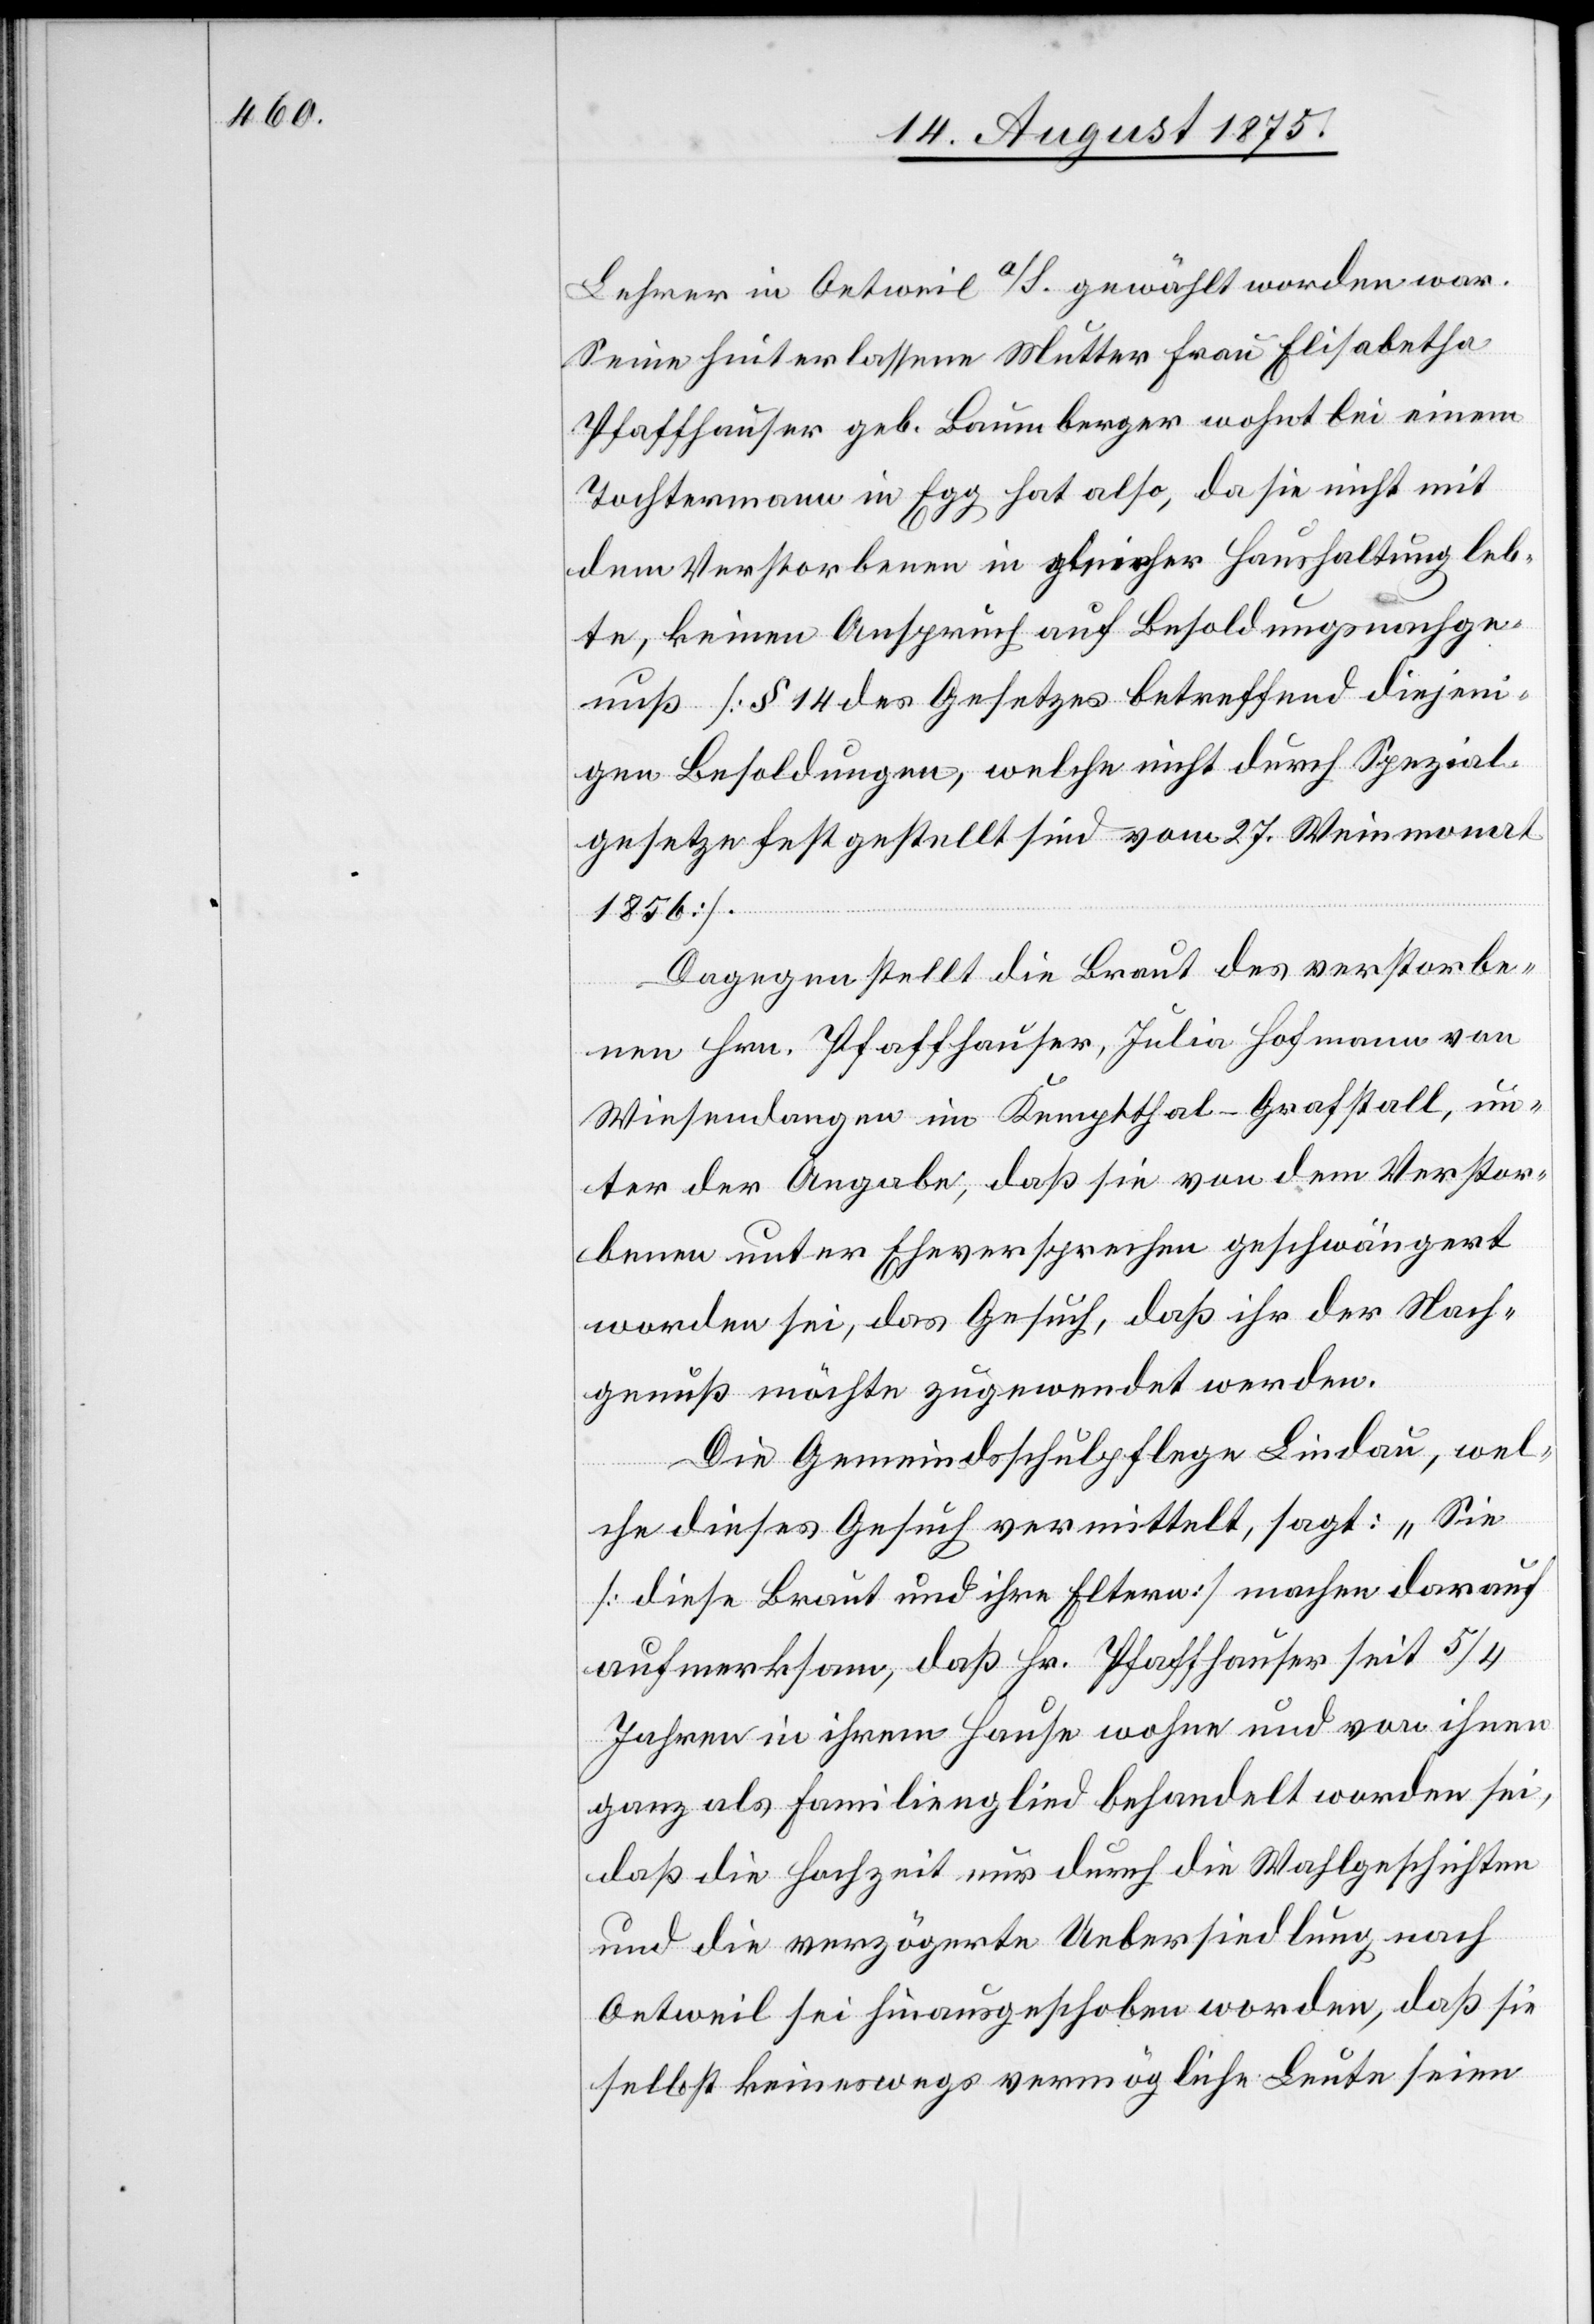
Lehrer in Oetweil a/S. gewählt worden war.
Seine hinterlassene Mutter Frau Elisabetha
Pfaffhauser geb. Baumberger wohnt bei einem
Tochtermann in Egg[,] hat also, da sie nicht mit
dem Verstorbenen in gleicher Haushaltung leb¬
te, keinen Anspruch auf Besoldungsnachge¬
nuß [§ 14 des Gesetzes betreffend diejeni¬
gen Besoldungen, welche nicht durch Spezial¬
gesetze festgestellt sind vom 27. Weinmonat
1856].
Dagegen stellt die Braut des verstorbe¬
nen Hrn. Pfaffhauser, Julia Hofmann von
Wiesendangen im Kemptthal - Grafstall, un¬
ter der Angabe, daß sie von dem Verstor¬
benen unter Eheversprechen geschwängert
worden sei, das Gesuch, daß ihr der Nach¬
genuß möchte zugewendet werden.
Die Gemeindsschulpflege Lindau, wel¬
che dieses Gesuch vermittelt, sagt: „Sie
[diese Braut und ihre Eltern] machen darauf
aufmerksam, daß Hr. Pfaffhauser seit 5/4
Jahren in ihrem Hause wohne und von ihnen
ganz als Familienglied behandelt worden sei,
daß die Hochzeit nur durch die Wahlgeschichten
und die verzögerte Uebersiedlung nach
Oetweil sei hinausgeschoben worden, daß sie
selbst keineswegs vermögliche Leute seien